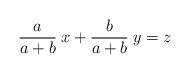
LaTeX: \begin{align*} \frac{a}{a+b} \: x + \frac{b}{a+b} \: y = z \end{align*}